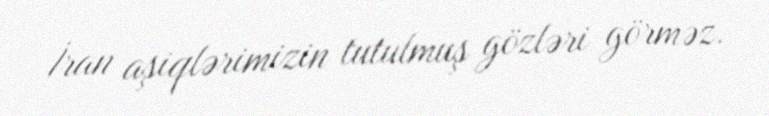
İran aşiqlərimizin tutulmuş gözləri görməz.